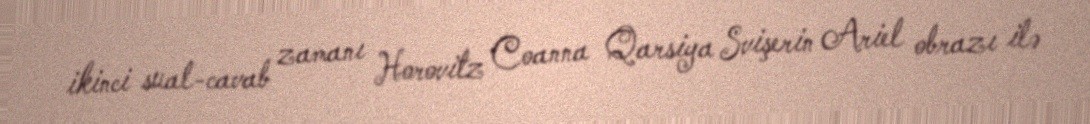
ikinci sual-cavab zamanı Horovitz Coanna Qarsiya Svişerin Ariel obrazı ilə